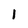
Character: 1